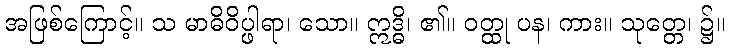
အဖြစ်ကြောင့်။ သ မာဓိဝိပ္ဖါရာ၊ သော။ ဣဒ္ဓိ၊ ၏။ ဝတ္ထု ပန၊ ကား။ သုတ္တေ၊ ၌။